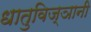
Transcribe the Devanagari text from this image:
धातुविज्ञानी